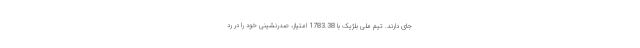
جای دارند. تیم ملی بلژیک با 1783.38 امتیاز، صدرنشینی خود را در رد